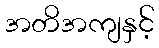
အတိအကျနှင့်